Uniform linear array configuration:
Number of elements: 16
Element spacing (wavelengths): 0.5
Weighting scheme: binomial
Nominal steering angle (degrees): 0
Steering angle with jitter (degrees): -1.459
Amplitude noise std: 0.05
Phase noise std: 0.05

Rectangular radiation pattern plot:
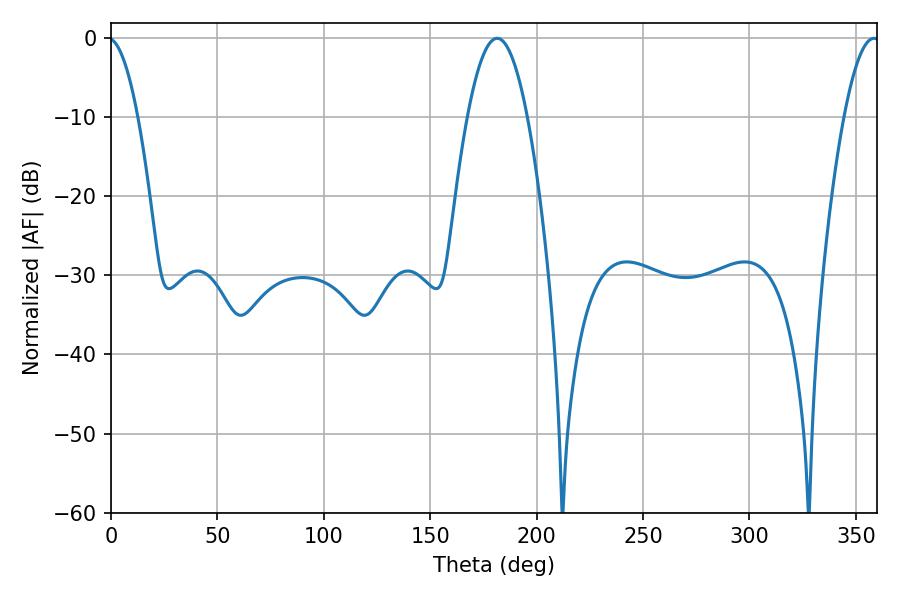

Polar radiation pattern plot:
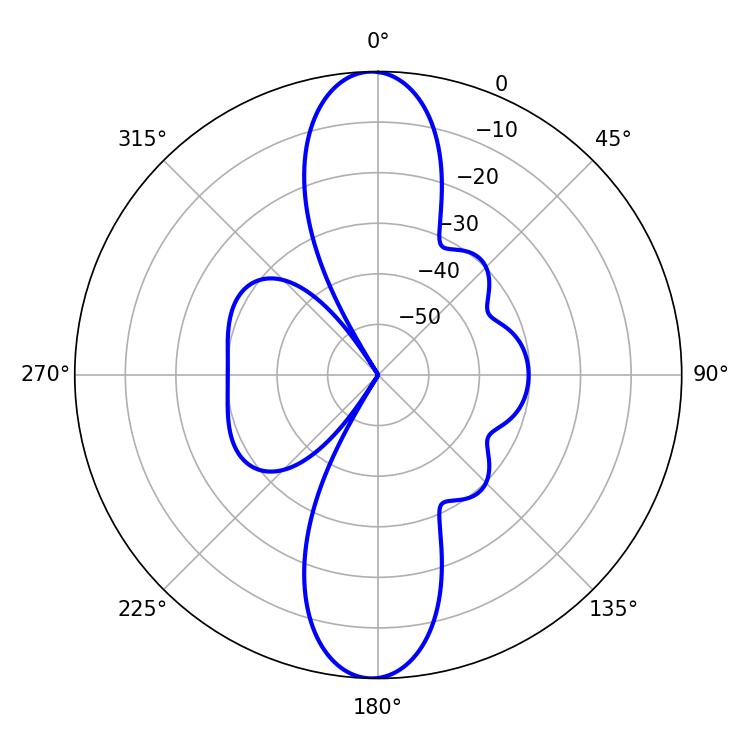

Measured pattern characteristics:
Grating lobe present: FALSE
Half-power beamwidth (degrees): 15.48
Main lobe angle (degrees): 181.44